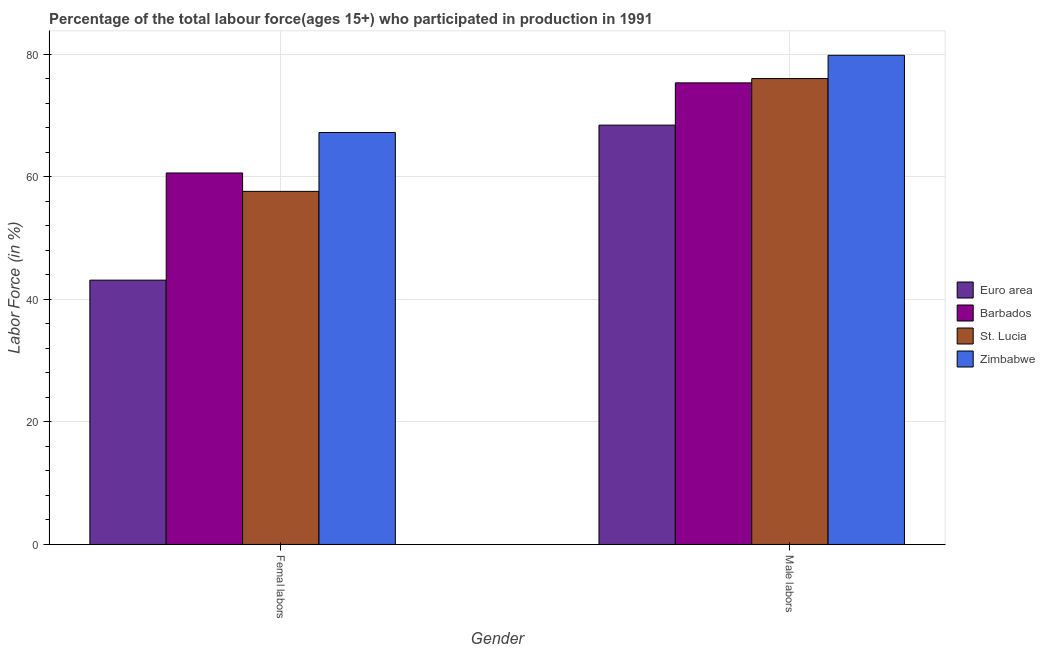
| Gender | Euro area | Barbados | St. Lucia | Zimbabwe |
 | --- | --- | --- | --- | --- |
 | Femal labors | 43.1 | 60.6 | 57.6 | 67.2 |
 | Male labors | 68.4 | 75.3 | 76 | 79.8 |